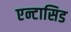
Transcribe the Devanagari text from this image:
एन्टासिड